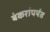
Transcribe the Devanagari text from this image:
बंकरांपर्यंत